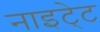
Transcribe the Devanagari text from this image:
नाइटे्ट